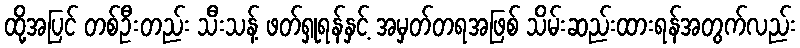
ထို့အပြင် တစ်ဦးတည်း သီးသန့် ဖတ်ရှုရန်နှင့် အမှတ်တရအဖြစ် သိမ်းဆည်းထားရန်အတွက်လည်း